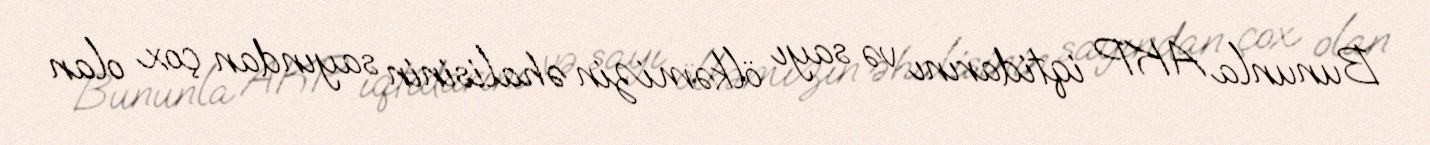
Bununla AKP iqtidarını və sayı ölkəmizin əhalisinin sayından çox olan